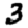
Digit: 3